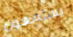
يستمعون